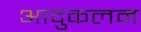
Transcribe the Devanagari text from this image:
आदुकलम